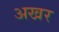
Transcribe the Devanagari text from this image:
अखर